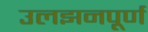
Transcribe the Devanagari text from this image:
उलझनपूर्ण